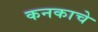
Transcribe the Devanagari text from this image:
कनकाचे